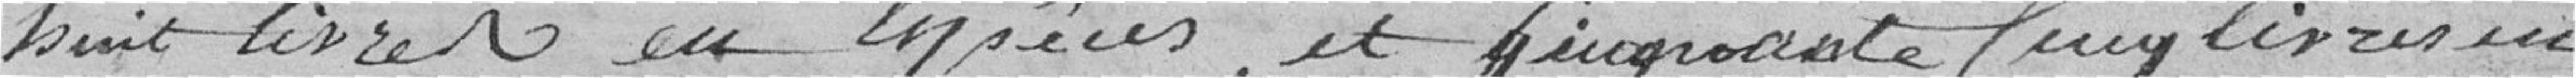
huit livres en espèces, et cinquante cinq livres en